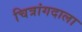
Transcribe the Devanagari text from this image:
चित्रांगदाला